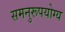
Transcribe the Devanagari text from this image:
समनुरूपयोग्य